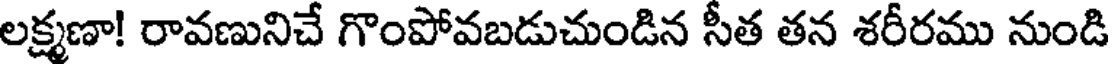
లక్ష్మణా! రావణునిచే గొంపోవబడుచుండిన సీత తన శరీరము నుండి